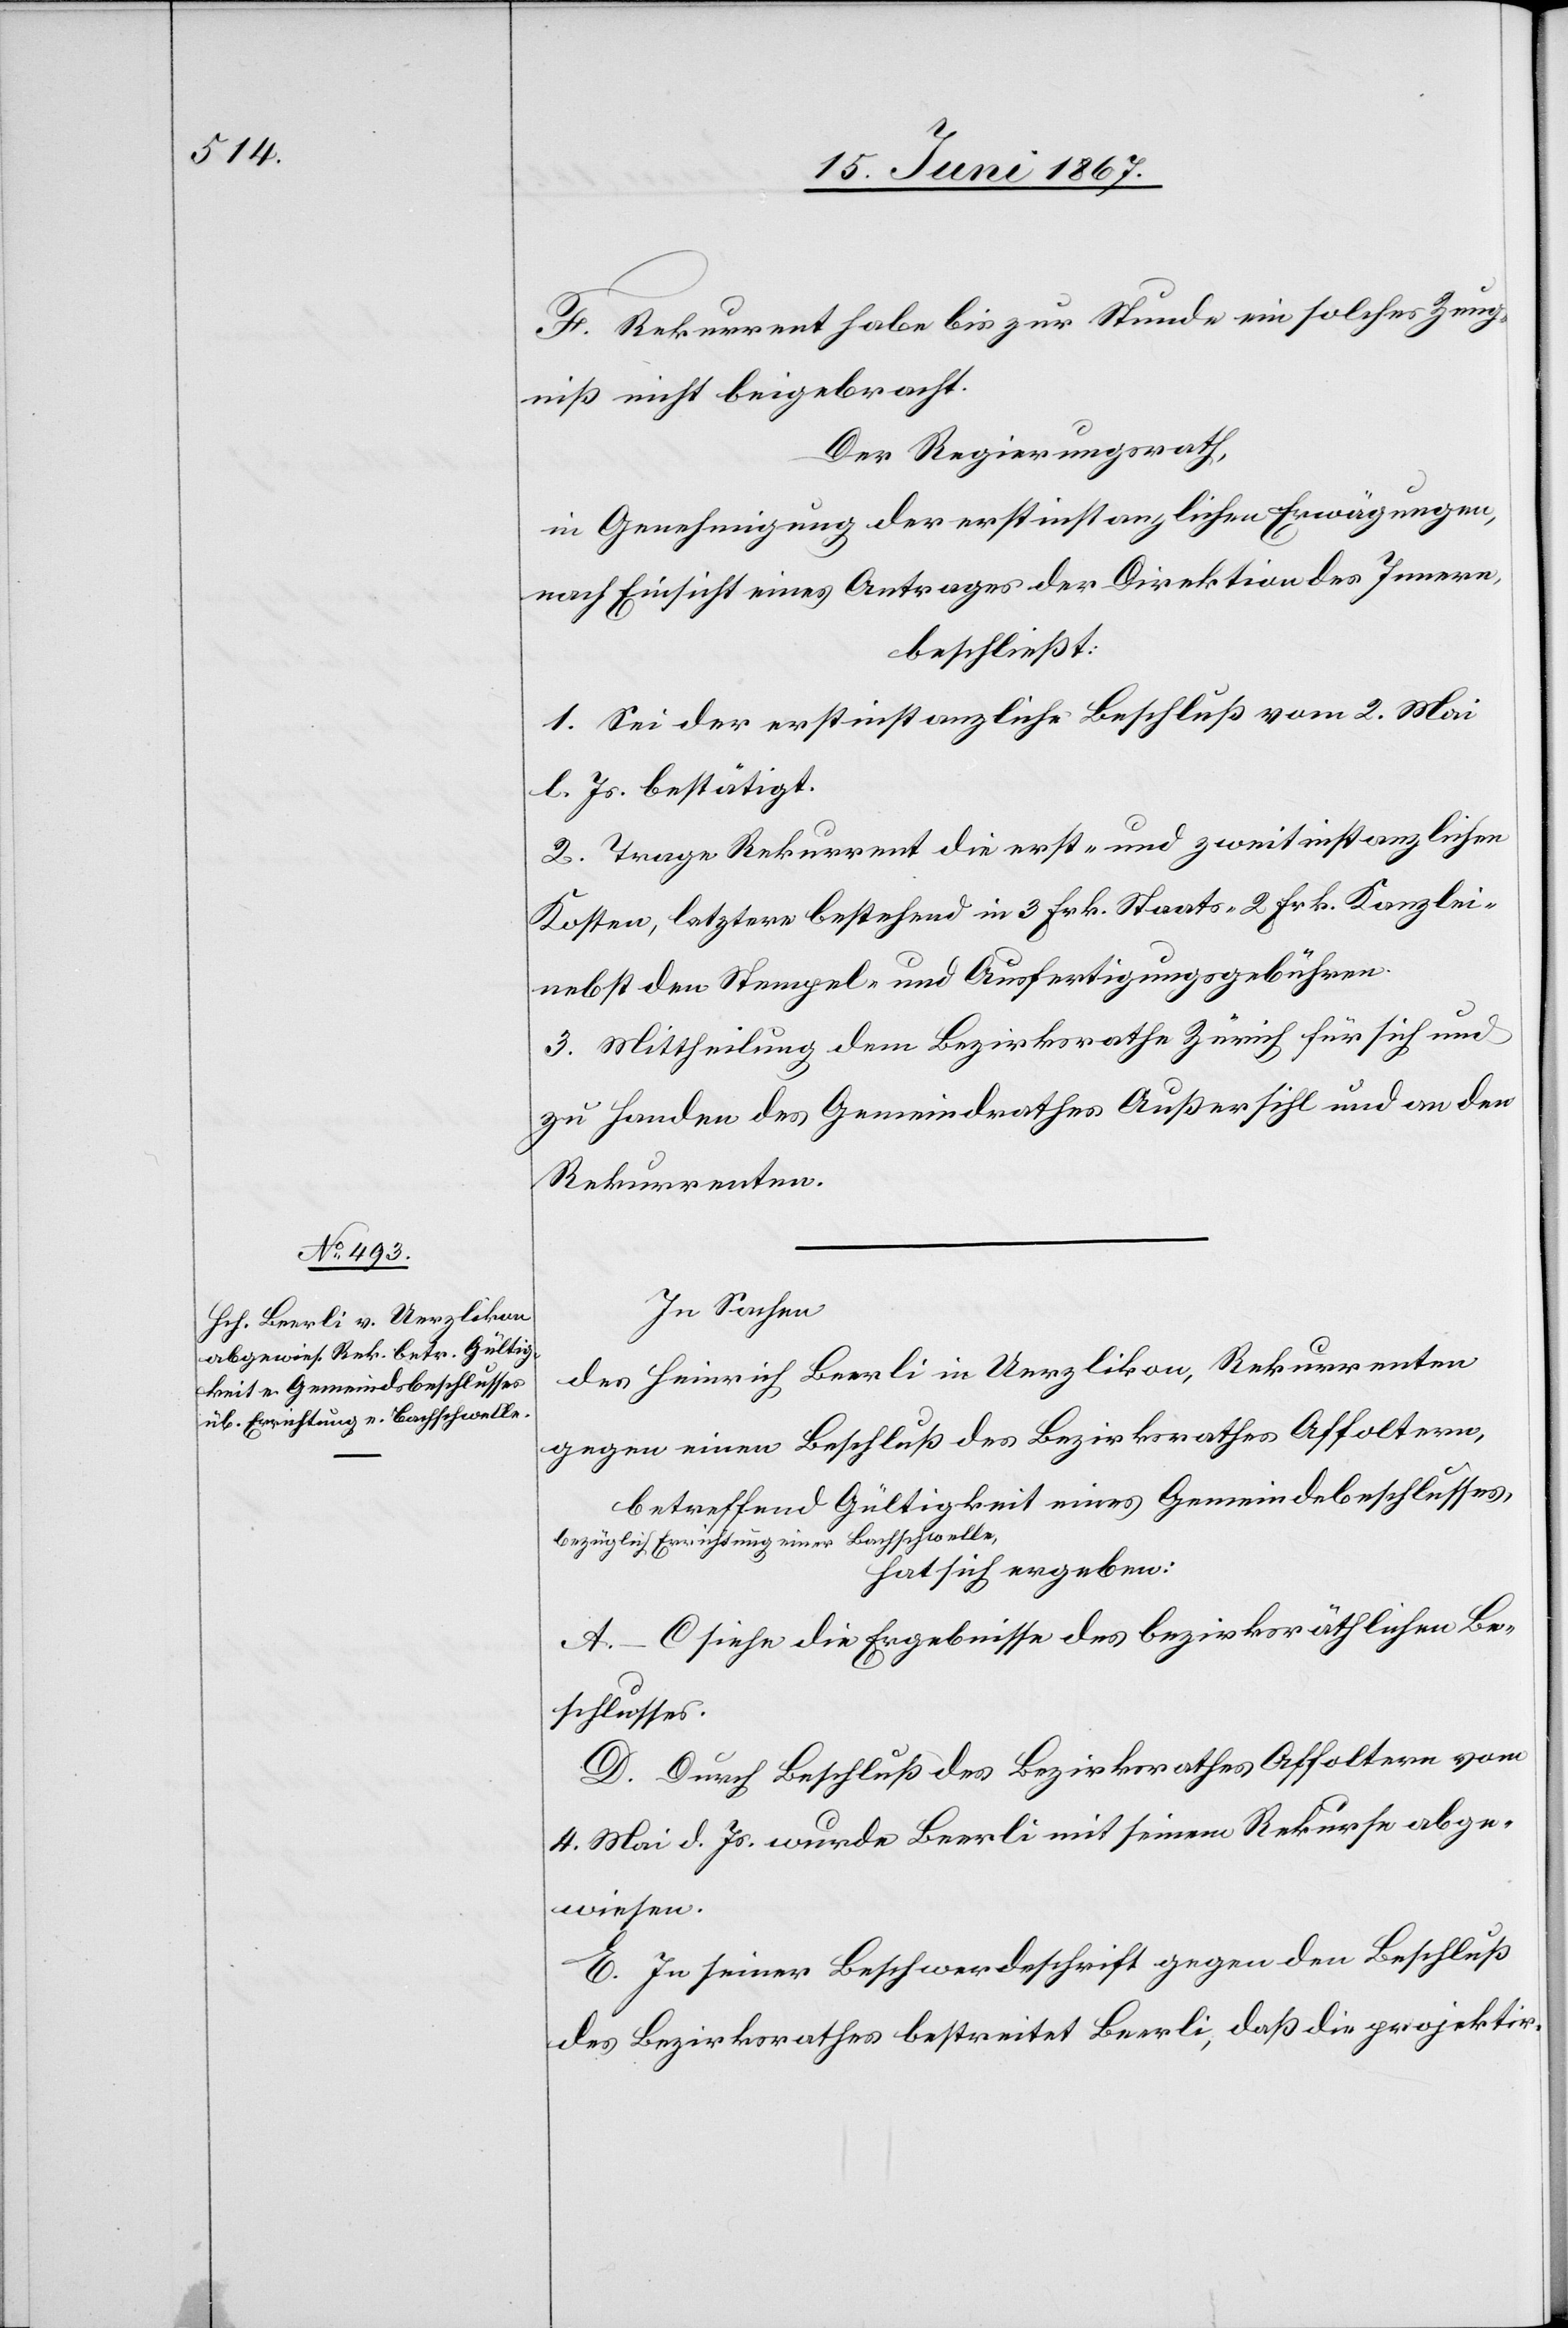
F. Rekurrent habe bis zur Stunde ein solches Zeug¬
niß nicht beigebracht.
Der Regierungsrath,
in Genehmigung der erstinstanzlichen Erwägungen,
nach Einsicht eines Antrages der Direktion des Innern,
beschließt:
1. Sei der erstinstanzliche Beschluss vom 2. Mai
l. Js. bestätigt.
2. Trage Rekurrent die erst- und zweitinstanzlichen
Kosten, letztere bestehend in 3 Frk. Staats-[,] 2 Frk. Kanzlei-
nebst den Stempel- und Ausfertigungsgebühren.
3. Mittheilung dem Bezirksrathe Zürich für sich und
zu Handen des Gemeindrathes Außersihl und an den
Rekurrenten.
In Sachen
des Heinrich Beerli in Uerzlikon, Rekurrenten
gegen einen Beschluß des Bezirksrathes Affoltern,
betreffend Gültigkeit eines Gemeindsbeschlusses,
bezüglich Errichtung einer Bachschwelle,
hat sich ergeben:
A–C siehe die Ergebnisse des bezirksräthlichen Be¬
schlusses.
D. Durch Beschluß des Bezirksrathes Affoltern vom
4. Mai d. Js. wurde Beerli mit seinem Rekurse abge¬
wiesen.
E. In seiner Beschwerdeschrift gegen den Beschluß
des Bezirksrathes bestreitet Beerli, daß die projektir-